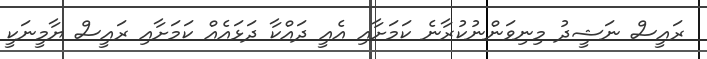
ރައީސް ނަޝީދު މިނިވަންނުކުރާނެ ކަމަށާއި އެއީ ދަައްކާ ދަޅައެއް ކަމަށާއި ރައީސް ޔާމީނަކީ